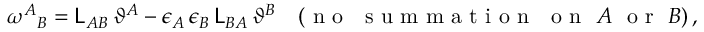
\omega ^ { A } { } _ { B } = \mathsf { L } _ { A B } \, \vartheta ^ { A } - \epsilon _ { A } \, \epsilon _ { B } \, \mathsf { L } _ { B A } \, \vartheta ^ { B } \quad ( \mathrm { ~ n ~ o ~ ~ ~ s ~ u ~ m ~ m ~ a ~ t ~ i ~ o ~ n ~ ~ ~ o ~ n ~ } ~ A ~ \mathrm { ~ o ~ r ~ } ~ B ) \, ,